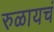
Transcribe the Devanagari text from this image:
रुळायचं